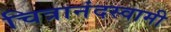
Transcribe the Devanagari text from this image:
चित्रानंदस्वामी